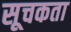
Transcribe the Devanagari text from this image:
सूचकता